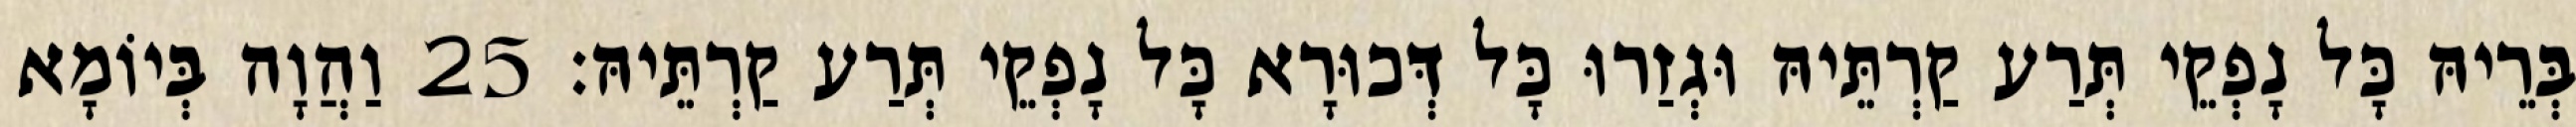
בְּרֵיהּ כָּל נָפְקֵי תְּרַע קַרְתֵּיהּ וּגְזַרוּ כָּל דְּכוּרָא כָּל נָפְקֵי תְּרַע קַרְתֵּיהּ׃ 25 וַהֲוָה בְּיוֹמָא